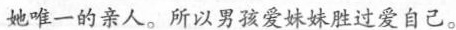
她唯一的亲人。所以男孩爱妹妹胜过爱自己。